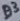
Text: D3